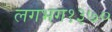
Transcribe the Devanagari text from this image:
लगभग१३७०